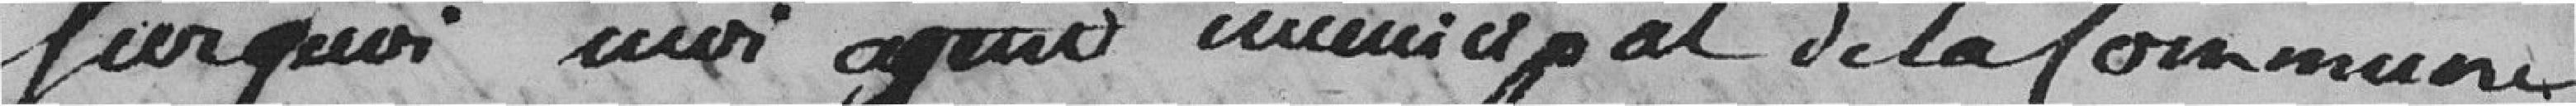
Sur quoi, moi, agent municipal de la commune